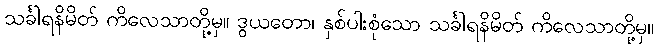
သင်္ခါရနိမိတ် ကိလေသာတို့မှ။ ဒွယတော၊ နှစ်ပါးစုံသော သင်္ခါရနိမိတ် ကိလေသာတို့မှ။